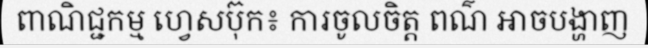
ពាណិជ្ជកម្ម ហ្វេសប៊ុក៖ ការចូលចិត្ត ពណ៌ អាចបង្ហាញ